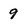
Character: 9